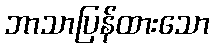
ဘာသာပြန်ထားသော